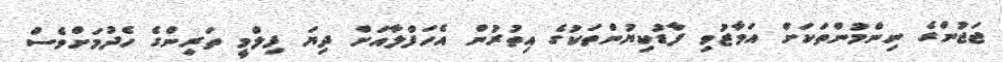
ޖަޖުންގެ ނިންމުންތަކަށް އަމާޒުވި ފާޑުކިޔުންތަކުގެ އިތުރުން އެހަފްލާއަށް ދިޔަ ފިލްމީ ތަރިންގެ ހެދުމަށްވެސް